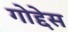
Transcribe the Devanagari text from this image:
गोद्देस